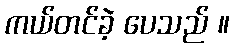
ကယ်တင်ခဲ့ ပေသည် ။